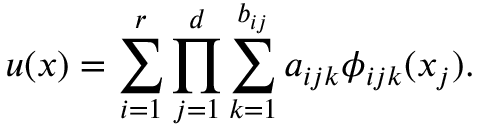
u ( x ) = \sum _ { i = 1 } ^ { r } \prod _ { j = 1 } ^ { d } \sum _ { k = 1 } ^ { b _ { i j } } a _ { i j k } \phi _ { i j k } ( x _ { j } ) .